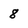
Character: 8